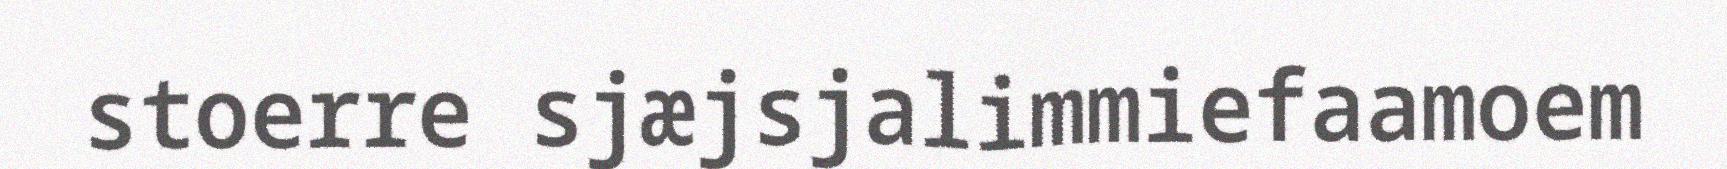
stoerre sjæjsjalimmiefaamoem